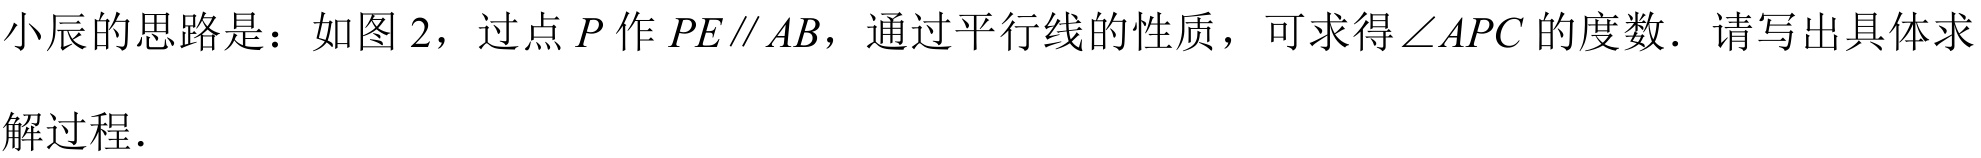
小辰的思路是：如图2，过点\(P\)作\(PE\parallel AB\)，通过平行线的性质，可求得\(\angle APC\)的度数．请写出具体求
解过程．